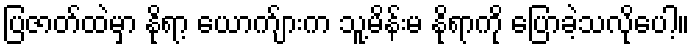
ပြဇာတ်ထဲမှာ နိုရာ့ ယောက်ျားက သူ့မိန်းမ နိုရာကို ပြောခဲ့သလိုပေါ့။